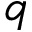
q